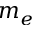
m _ { e }